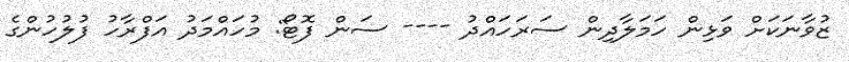
ޒުވާނަކަށް ވަޅިން ހަމަލާދިން ސަރަހައްދު ---- ސަން ފޮޓޯ: މުހައްމަދު އަފްރާހު ފުލުހުންގެ